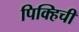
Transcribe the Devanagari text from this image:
पिक्हिची